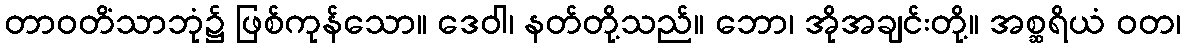
တာဝတိံသာဘုံ၌ ဖြစ်ကုန်သော။ ဒေဝါ၊ နတ်တို့သည်။ ဘော၊ အိုအချင်းတို့။ အစ္ဆရိယံ ဝတ၊